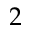
2